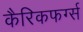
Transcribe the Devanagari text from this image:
कैरिकफर्ग्स